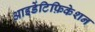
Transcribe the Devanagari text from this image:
आइडेंटिफ़िकेशन